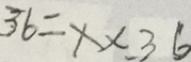
3 6 = x \times 3 6